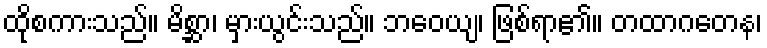
ထိုစကားသည်။ မိစ္ဆာ၊ မှားယွင်းသည်။ ဘဝေယျ၊ ဖြစ်ရာ၏။ တထာဂတေန၊